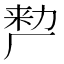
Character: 𭆉